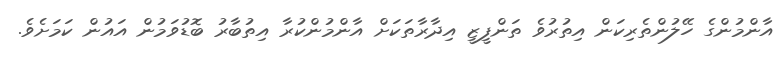
އާންމުންގެ ހޭލުންތެރިކަން އިތުރުވެ ތަންފީޒީ އިދާރާތަކަށް އާންމުންކުރާ އިތުބާރު ބޮޑުވަމުން އައުން ކަމަށެވެ.